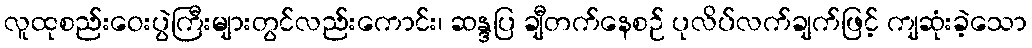
လူထုစည်းဝေးပွဲကြီးများတွင်လည်းကောင်း၊ ဆန္ဒပြ ချီတက်နေစဉ် ပုလိပ်လက်ချက်ဖြင့် ကျဆုံးခဲ့သော